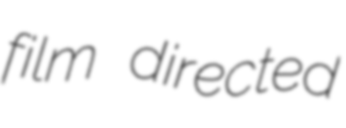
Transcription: film directed